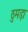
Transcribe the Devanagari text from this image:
ठुमड़ा